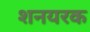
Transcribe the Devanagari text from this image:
शनयरक